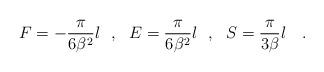
LaTeX: \begin{align*}F=-{\pi \over 6\beta^2} {l}~~,~~E={\pi \over 6\beta^2} {l}~~,~~S={\pi \over 3\beta}{ l}~~~.\end{align*}